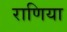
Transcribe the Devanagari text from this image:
राणिया